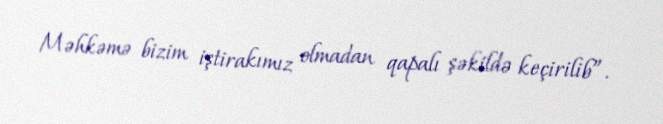
Məhkəmə bizim iştirakımız olmadan qapalı şəkildə keçirilib”.